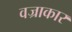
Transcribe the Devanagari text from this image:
वज्राकार